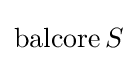
\operatorname {balcore} S